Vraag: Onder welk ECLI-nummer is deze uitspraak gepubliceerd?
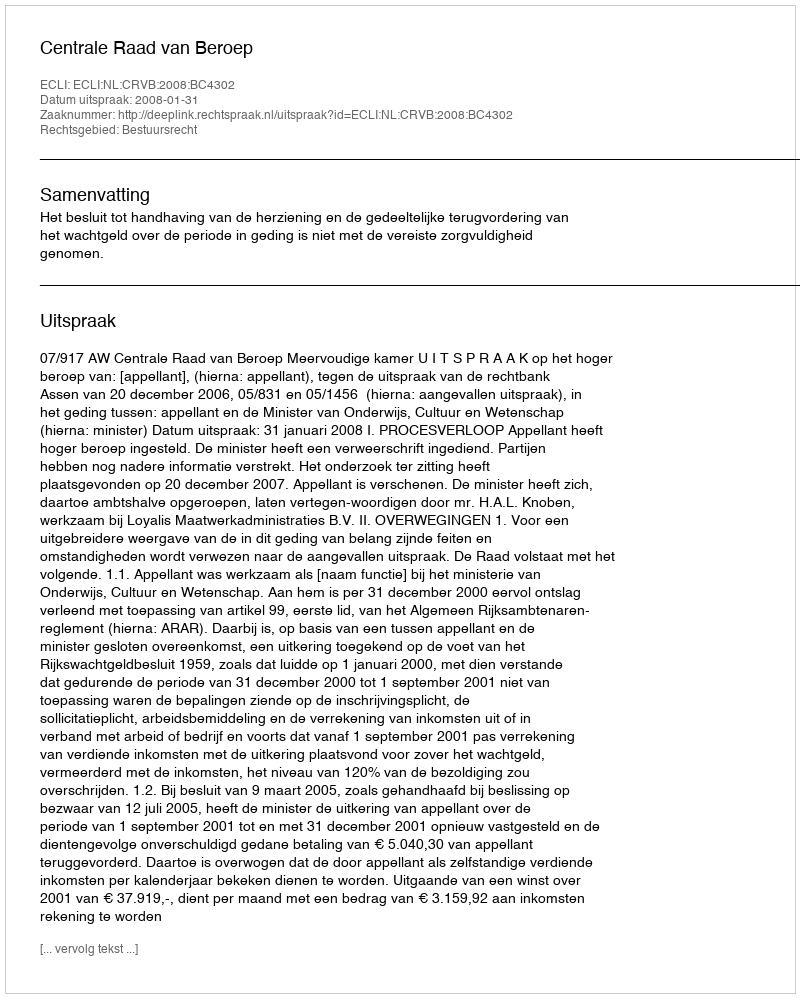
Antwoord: ECLI:NL:CRVB:2008:BC4302